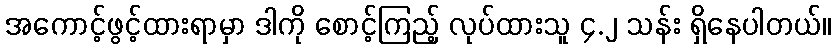
အကောင့်ဖွင့်ထားရာမှာ ဒါကို စောင့်ကြည့် လုပ်ထားသူ ၄.၂ သန်း ရှိနေပါတယ်။